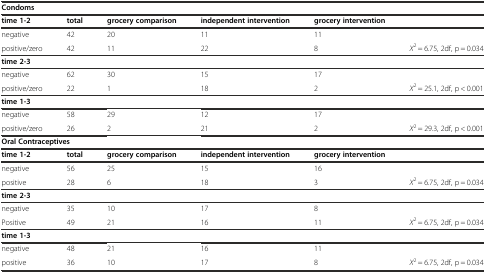
<table><thead><tr><td colspan="5"><b>Condoms</b></td><td></td></tr></thead><tbody><tr><td><b>time 1-2</b></td><td><b>total</b></td><td><b>grocery comparison</b></td><td><b>independent intervention</b></td><td><b>grocery intervention</b></td><td></td></tr><tr><td>negative</td><td>42</td><td>20</td><td>11</td><td>11</td><td></td></tr><tr><td>positive/zero</td><td>42</td><td>11</td><td>22</td><td>8</td><td><i>Χ</i><sup>2</sup> = 6.75, 2df, p = 0.034</td></tr><tr><td><b>time 2-3</b></td><td></td><td></td><td></td><td></td><td></td></tr><tr><td>negative</td><td>62</td><td>30</td><td>15</td><td>17</td><td></td></tr><tr><td>positive/zero</td><td>22</td><td>1</td><td>18</td><td>2</td><td><i>Χ</i><sup>2</sup> = 25.1, 2df, p &lt; 0.001</td></tr><tr><td><b>time 1-3</b></td><td></td><td></td><td></td><td></td><td></td></tr><tr><td>negative</td><td>58</td><td>29</td><td>12</td><td>17</td><td></td></tr><tr><td>positive/zero</td><td>26</td><td>2</td><td>21</td><td>2</td><td><i>Χ</i><sup>2</sup> = 29.3, 2df, p &lt; 0.001</td></tr><tr><td colspan="5"><b>Oral Contraceptives</b></td><td></td></tr><tr><td><b>time 1-2</b></td><td><b>total</b></td><td><b>grocery comparison</b></td><td><b>independent intervention</b></td><td><b>grocery intervention</b></td><td></td></tr><tr><td>negative</td><td>56</td><td>25</td><td>15</td><td>16</td><td></td></tr><tr><td>positive</td><td>28</td><td>6</td><td>18</td><td>3</td><td><i>Χ</i><sup>2</sup> = 6.75, 2df, p = 0.034</td></tr><tr><td><b>time 2-3</b></td><td></td><td></td><td></td><td></td><td></td></tr><tr><td>negative</td><td>35</td><td>10</td><td>17</td><td>8</td><td></td></tr><tr><td>Positive</td><td>49</td><td>21</td><td>16</td><td>11</td><td><i>Χ</i><sup>2</sup> = 6.75, 2df, p = 0.034</td></tr><tr><td><b>time 1-3</b></td><td></td><td></td><td></td><td></td><td></td></tr><tr><td>negative</td><td>48</td><td>21</td><td>16</td><td>11</td><td></td></tr><tr><td>positive</td><td>36</td><td>10</td><td>17</td><td>8</td><td><i>Χ</i><sup>2</sup> = 6.75, 2df, p = 0.034</td></tr></tbody></table>